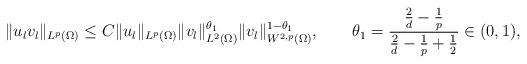
\begin{align*}\|u_{l}v_{l}\|_{L^{p}(\Omega)}\le C \|u_{l} \|_{L^{p}(\Omega)} \|v_{l}\|_{L^{2}(\Omega)}^{\theta_{1}}\|v_{l}\|_{W^{2,p}(\Omega)}^{1-\theta_{1}},\qquad\theta_{1}=\frac{\frac{2}{d}-\frac{1}{p}}{\frac{2}{d}-\frac{1}{p}+\frac{1}{2}}\in(0,1),\end{align*}